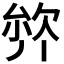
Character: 𭆣